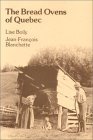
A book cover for The Bread Ovens of Quebec; Lise Boily; Cookbooks, Food & Wine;